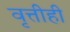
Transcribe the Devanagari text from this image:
वृत्तीही